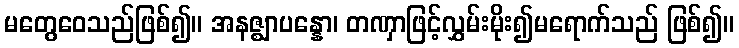
မတွေဝေသည်ဖြစ်၍။ အနဇ္ဈာပန္နော၊ တဏှာဖြင့်လွှမ်းမိုး၍မရောက်သည် ဖြစ်၍။